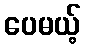
ပေမယ့်